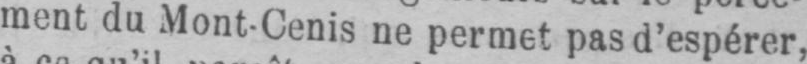
ment du Mont-Cenis ne permet pas d’espérer,